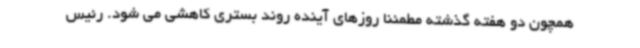
همچون دو هفته گذشته مطمئنا روزهای آینده روند بستری کاهشی می شود. رئیس